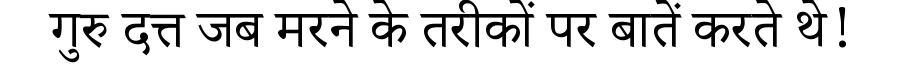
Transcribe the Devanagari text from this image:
गुरु दत्त जब मरने के तरीकों पर बातें करते थे!